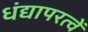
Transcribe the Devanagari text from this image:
धंद्यापरत्वें